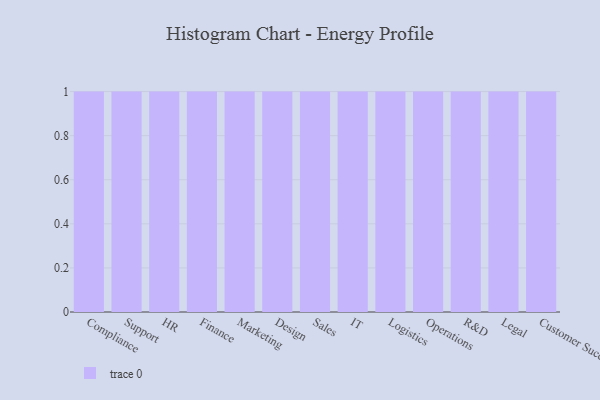
{"axis": {"x": "Department", "y": "Operating Costs (USD K)"}, "legend": [""], "data": [{"x": "Compliance", "y": 32, "type": ""}, {"x": "Support", "y": 63, "type": ""}, {"x": "HR", "y": 100, "type": ""}, {"x": "Finance", "y": 89, "type": ""}, {"x": "Marketing", "y": 69, "type": ""}, {"x": "Design", "y": 12, "type": ""}, {"x": "Sales", "y": 48, "type": ""}, {"x": "IT", "y": 77, "type": ""}, {"x": "Logistics", "y": 61, "type": ""}, {"x": "Operations", "y": 48, "type": ""}, {"x": "R&D", "y": 59, "type": ""}, {"x": "Legal", "y": 22, "type": ""}, {"x": "Customer Success", "y": 59, "type": ""}]}